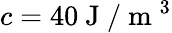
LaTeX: c=40\mathrm{~J~}/\mathrm{~m~}^{3}